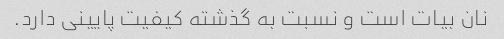
نان بیات است و نسبت به گذشته کیفیت پایینی دارد.